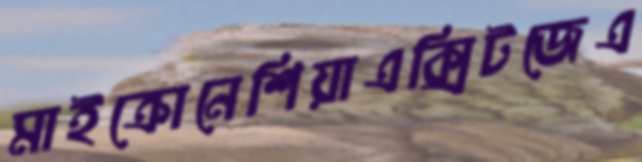
মাইক্রোনেশিয়াএক্সিটজেএ